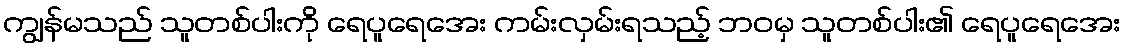
ကျွန်မသည် သူတစ်ပါးကို ရေပူရေအေး ကမ်းလှမ်းရသည့် ဘဝမှ သူတစ်ပါး၏ ရေပူရေအေး